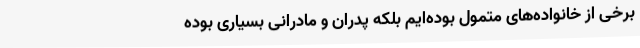
برخی از خانواده‌های متمول بوده‌ایم بلکه پدران و مادرانی بسیاری بوده